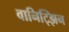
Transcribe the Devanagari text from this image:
वानिट्झिन